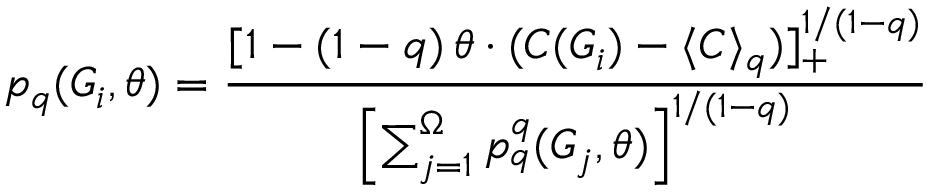
p _ { q } ( G _ { i } , \theta ) = \frac { [ 1 - ( 1 - q ) \, \theta \cdot ( C ( G _ { i } ) - \langle C \rangle _ { q } ) ] _ { + } ^ { { 1 } / { ( 1 - q ) } } } { \left[ \sum _ { j = 1 } ^ { \Omega } p _ { q } ^ { q } ( G _ { j } , \theta ) \right] ^ { { 1 } / { ( 1 - q ) } } }